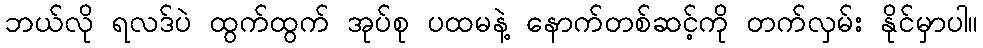
ဘယ်လို ရလဒ်ပဲ ထွက်ထွက် အုပ်စု ပထမနဲ့ နောက်တစ်ဆင့်ကို တက်လှမ်း နိုင်မှာပါ။